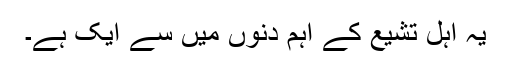
یہ اہل تشیع کے اہم دنوں میں سے ایک ہے۔